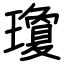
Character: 瓊